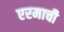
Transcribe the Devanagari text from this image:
एरमाची